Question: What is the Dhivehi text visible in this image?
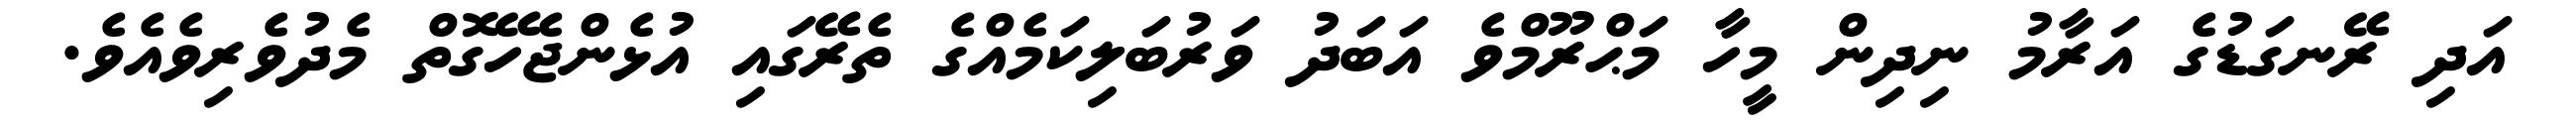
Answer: އަދި ރޭނގަޑުގެ އަރާމު ނިދިން މީހާ މަޙްރޫމްވެ އަބަދު ވަރުބަލިކަމެއްގެ ތެރޭގައި އުޅެންޖެހޭގޮތް މެދުވެރިވެއެވެ.